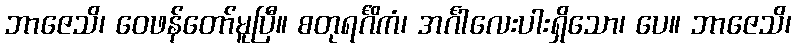
ဘာဇေသိ၊ ဝေဖန်တော်မူပြီ။ စတုရင်္ဂိကံ၊ အင်္ဂါလေးပါးရှိသော၊ ပေ။ ဘာဇေသိ၊